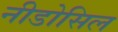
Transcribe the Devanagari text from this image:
नीडोसिल